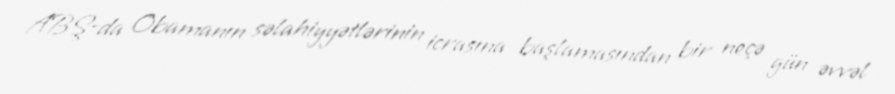
ABŞ-da Obamanın səlahiyyətlərinin icrasına başlamasından bir neçə gün əvvəl